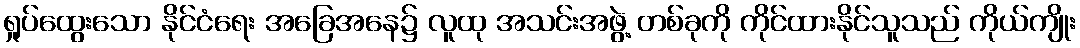
ရှုပ်ထွေးသော နိုင်ငံရေး အခြေအနေ၌ လူထု အသင်းအဖွဲ့ တစ်ခုကို ကိုင်ထားနိုင်သူသည် ကိုယ်ကျိုး